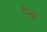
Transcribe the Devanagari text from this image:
पैढ़ा